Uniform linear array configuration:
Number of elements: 16
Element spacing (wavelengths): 1
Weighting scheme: blackman
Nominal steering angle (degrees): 0
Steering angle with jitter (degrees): -1.291
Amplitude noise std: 0.05
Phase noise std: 0.05

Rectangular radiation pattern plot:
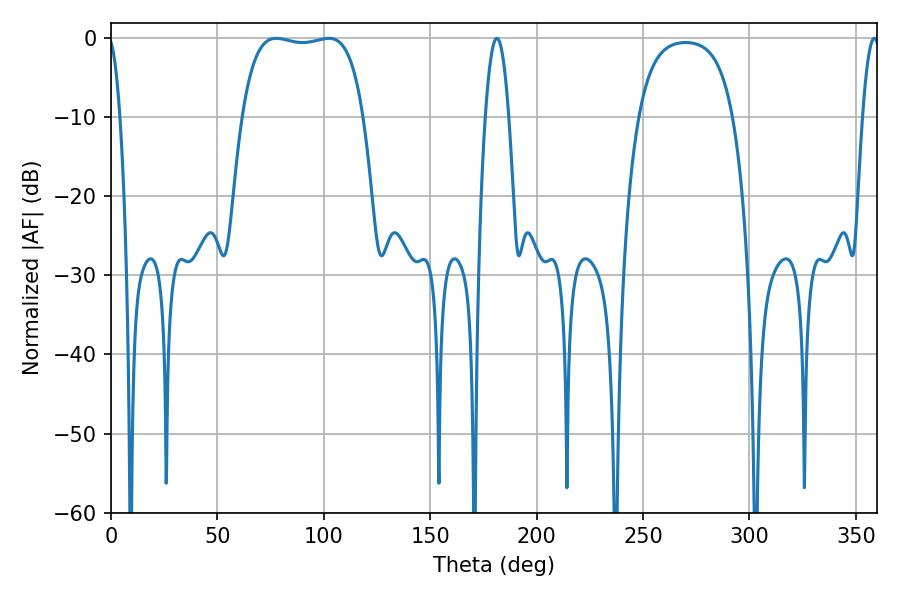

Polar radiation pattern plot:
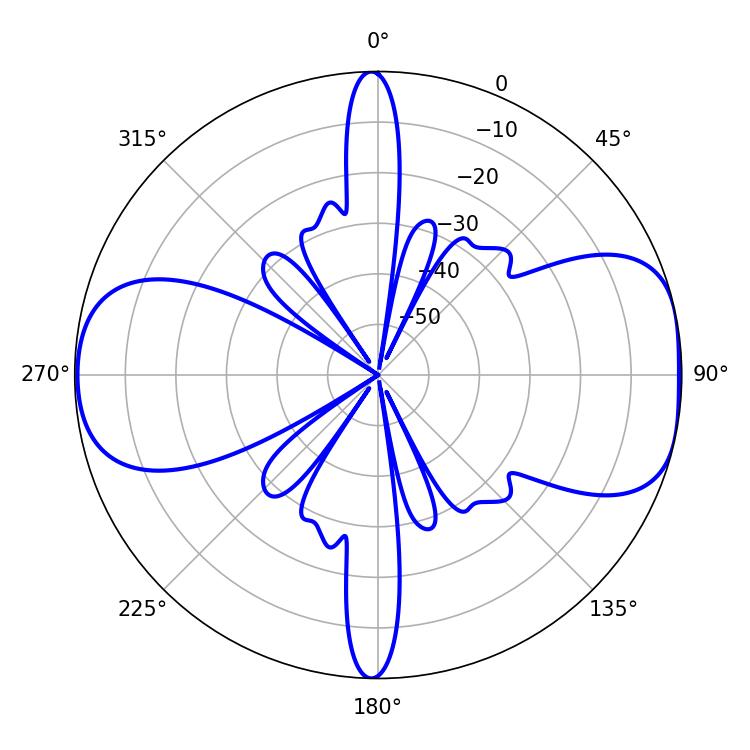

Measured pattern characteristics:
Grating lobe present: TRUE
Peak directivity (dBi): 8.505
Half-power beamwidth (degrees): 45.36
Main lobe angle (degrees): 77.58